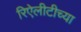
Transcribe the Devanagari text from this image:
रिऐलीटीच्या